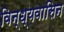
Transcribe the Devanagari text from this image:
विन्ध्यवासिन